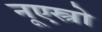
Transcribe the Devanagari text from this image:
नूएस्त्रो